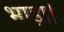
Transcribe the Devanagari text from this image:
भाड़ा।